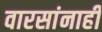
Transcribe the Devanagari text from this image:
वारसांनाही